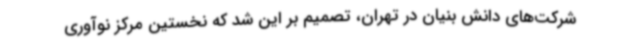
شرکت‌های دانش بنیان در تهران، تصمیم بر این شد که نخستین مرکز نوآوری